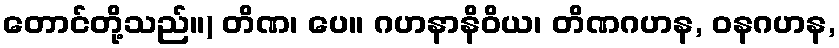
တောင်တို့သည်။) တိဏ၊ ပေ။ ဂဟနာနိဝိယ၊ တိဏဂဟန, ဝနဂဟန,